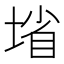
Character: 𰊄